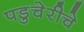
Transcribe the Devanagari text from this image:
पडुचेरीचे